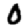
Digit: 0